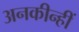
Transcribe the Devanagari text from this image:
अनकीन्‍हीं